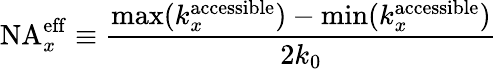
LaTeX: \mathrm{NA}_{x}^{\mathrm{eff}}\equiv\frac{\operatorname*{max}(k_{x}^{\mathrm{accessible}})-\operatorname*{min}(k_{x}^{\mathrm{accessible}})}{2k_{0}}